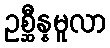
ဥစ္ဆီန္နမူလာ